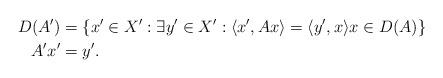
LaTeX: \begin{align*}D(A') & = \{ x' \in X': \exists y' \in X': \langle x', Ax \rangle = \langle y', x \rangle x \in D(A) \} \\A'x' & = y'.\end{align*}